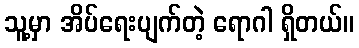
သူ့မှာ အိပ်ရေးပျက်တဲ့ ရောဂါ ရှိတယ်။